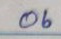
06